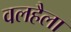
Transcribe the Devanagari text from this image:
वलहैला